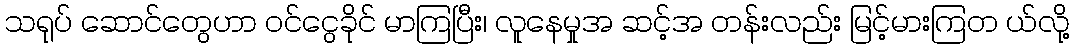
သရုပ် ဆောင်တွေဟာ ဝင်ငွေခိုင် မာကြပြီး၊ လူနေမှုအ ဆင့်အ တန်းလည်း မြင့်မားကြတ ယ်လို့